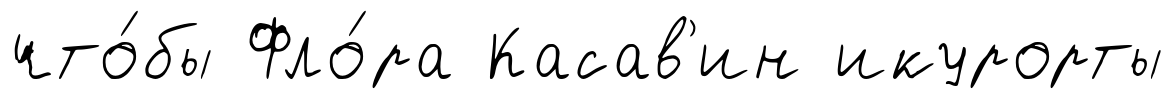
что́бы Фло́ра Касав'ин икурорты